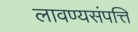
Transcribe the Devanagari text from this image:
लावण्यसंपत्ति